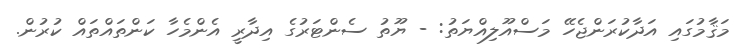
މަޤާމުގައި އަދާކުރަންޖެހޭ މަސްއޫލިއްޔަތު: - ޔޫތު ސެންޓަރުގެ އިދާރީ އެންމެހާ ކަންތައްތައް ކުރުން.